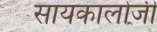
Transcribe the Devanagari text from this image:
सायकालोजी